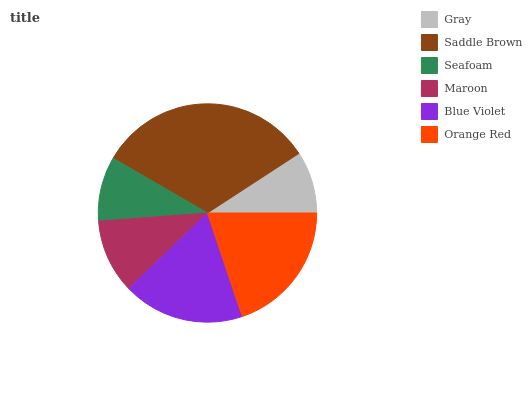
| Gray | Saddle Brown | Seafoam | Maroon | Blue Violet | Orange Red |
 | --- | --- | --- | --- | --- | --- |
 | 9.18% | 32.4% | 9.56% | 11% | 18% | 19.9% |